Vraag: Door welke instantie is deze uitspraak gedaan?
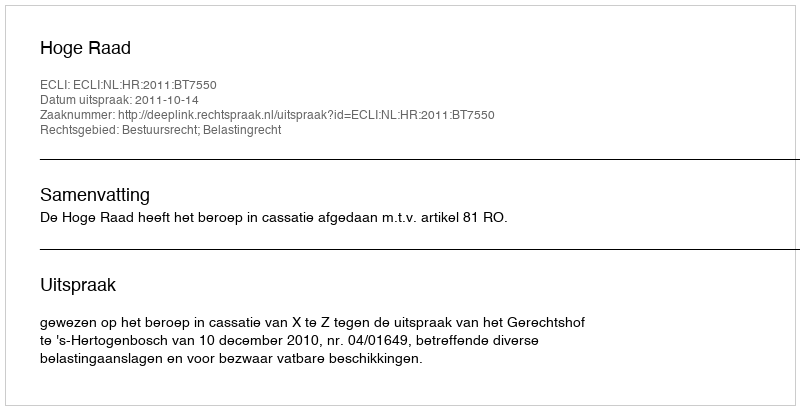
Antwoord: Hoge Raad